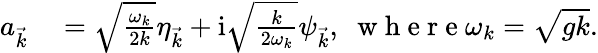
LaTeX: \begin{array}{rl}{a_{\vec{k}}}&{{}=\sqrt\frac{\omega_{k}}{2k}\eta_{\vec{k}}+\mathrm i\sqrt\frac{k}{2\omega_{k}}\psi_{\vec{k}},\; \mathrm{~w~h~e~r~e~}\omega_{k}=\sqrt{gk}.}\end{array}